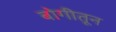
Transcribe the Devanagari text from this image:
बोगीतून